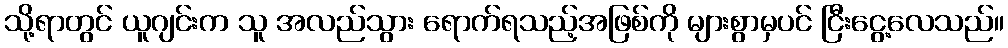
သို့ရာတွင် ယူဂျင်းက သူ အလည်သွား ရောက်ရသည့်အဖြစ်ကို များစွာမှပင် ငြီးငွေ့လေသည်။